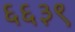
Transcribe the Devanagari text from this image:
६६३९